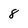
Character: 8